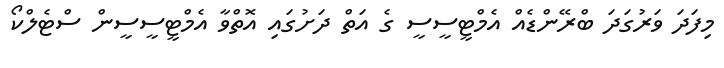
މިފަދަ ވަރުގަދަ ބްރޭންޑެއް އެމްޓީސީސީ ގެ އަތް ދަށުގައި އޮތްވާ އެެމްޓީސީސީން ސްޓެލްކޯ